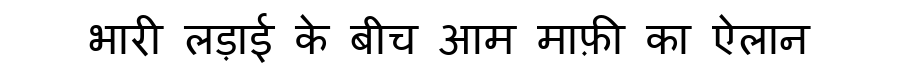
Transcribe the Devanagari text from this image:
भारी लड़ाई के बीच आम माफ़ी का ऐलान